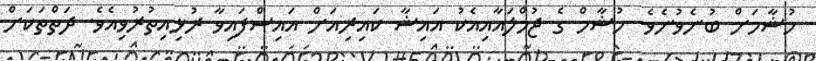
ހުޝާމަށް ބުނެވުނެެވެ. ހުޝާމް ގެ ޖުމްލައާއިއެކު އައިޝާ ކައިރިއަށް އައިސްފައިވާ ރުޅިއިތުރުވިއެވެ. ދަތްތަކަށް